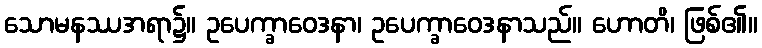
သောမနဿအရာ၌။ ဥပေက္ခာဝေဒနာ၊ ဥပေက္ခာဝေဒနာသည်။ ဟောတိ၊ ဖြစ်၏။